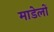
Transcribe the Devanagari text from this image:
माडेलों